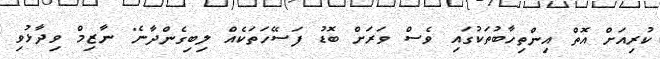
ކުރިއަށް އޮތް އިންތިހާބުތަކުގައި ވެސް ވަރަށް ބޮޑު ފަސޭހަތަކެއް ލިބިގެންދާނެ" ނާޒިމް ވިދާޅުވި